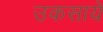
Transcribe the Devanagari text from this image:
उकसाये